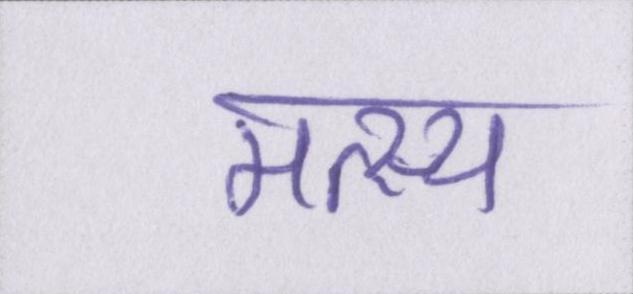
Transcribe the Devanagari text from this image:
मत्स्य